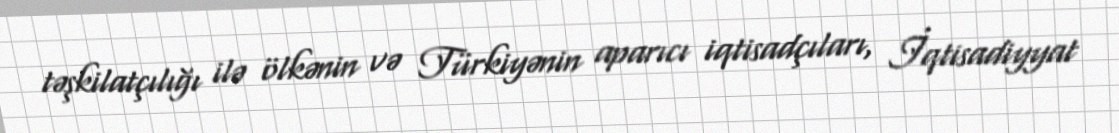
təşkilatçılığı ilə ölkənin və Türkiyənin aparıcı iqtisadçıları, İqtisadiyyat